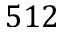
5 1 2